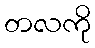
တလကို